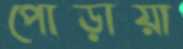
পোড়ায়া